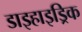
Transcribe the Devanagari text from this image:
डाइहाइड्रिक